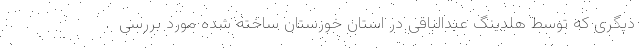
دیگری که توسط هلدینگ عبدالباقی در استان خوزستان ساخته شده مورد بررسی